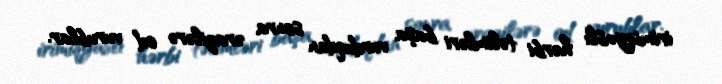
irimiqyaslı hərbi təlimləri başa vurduqdan sonra ərazilərə od vurublar.